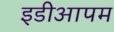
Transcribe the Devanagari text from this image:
इडीआपम